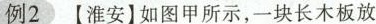
例2【淮安】如图甲所示，一块长木板放